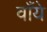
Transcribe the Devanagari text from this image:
वाँये